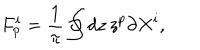
F _ { p } ^ { i } = { \frac { 1 } { \pi } } \oint d z \, z ^ { p } \partial X ^ { i } ,